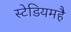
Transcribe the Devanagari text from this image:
स्टेडियमहै